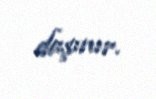
daşınır.